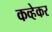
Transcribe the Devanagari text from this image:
कव्हेकर